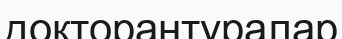
докторантуралар